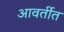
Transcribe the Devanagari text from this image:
आवर्तीत